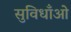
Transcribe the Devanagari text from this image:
सुविधाँओ